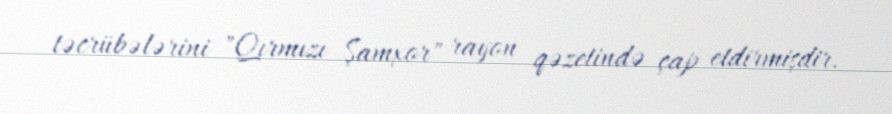
təcrübələrini "Qırmızı Şamxor" rayon qəzetində çap etdirmişdir.